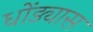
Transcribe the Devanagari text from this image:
धोंड्यास